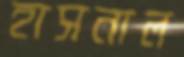
হাসনাল